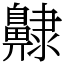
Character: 齂